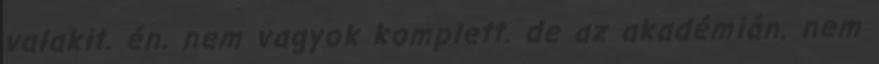
valakit. én. nem vagyok komplett. de az akadémián. nem